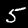
Label: 5